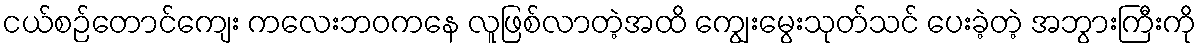
ငယ်စဉ်တောင်ကျေး ကလေးဘဝကနေ လူဖြစ်လာတဲ့အထိ ကျွေးမွေးသုတ်သင် ပေးခဲ့တဲ့ အဘွားကြီးကို